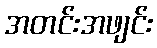
အတင်းအဖျင်း